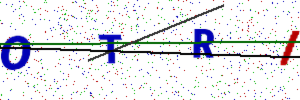
Text: OTRI